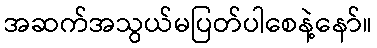
အဆက်အသွယ်မပြတ်ပါစေနဲ့နော်။